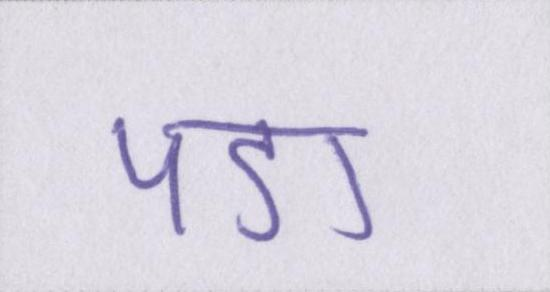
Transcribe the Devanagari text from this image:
पडा